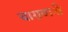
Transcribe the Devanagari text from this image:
बाग़वानी